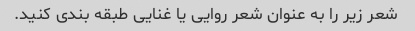
شعر زیر را به عنوان شعر روایی یا غنایی طبقه بندی کنید.